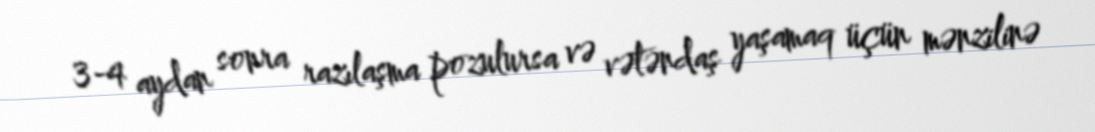
3-4 aydan sonra razılaşma pozulursa və vətəndaş yaşamaq üçün mənzilinə